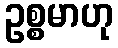
ဥစ္စမာဟု